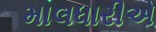
માલધારીએ